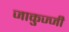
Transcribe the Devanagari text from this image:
जाकुज्जी